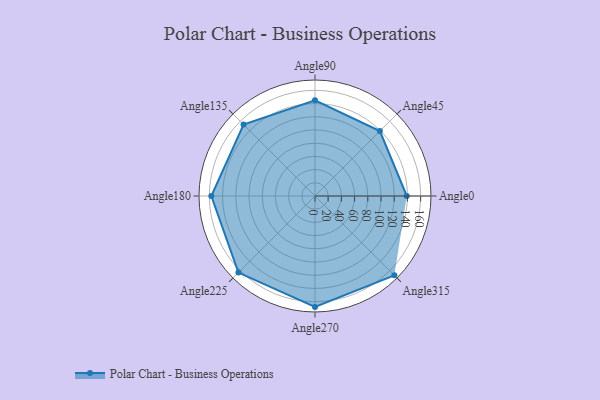
{"axis": {"x": "Angle", "y": "Radius"}, "legend": [""], "data": [{"x": "Angle0", "y": 139.0, "type": ""}, {"x": "Angle45", "y": 139.0, "type": ""}, {"x": "Angle90", "y": 145.0, "type": ""}, {"x": "Angle135", "y": 153.0, "type": ""}, {"x": "Angle180", "y": 157.0, "type": ""}, {"x": "Angle225", "y": 164.0, "type": ""}, {"x": "Angle270", "y": 168.0, "type": ""}, {"x": "Angle315", "y": 170, "type": ""}]}